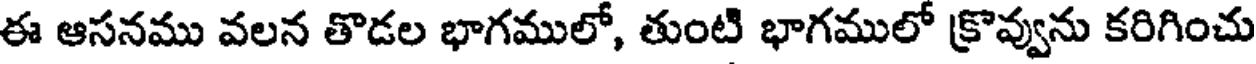
ఈ ఆసనము వలన తొడల భాగములో, తుంటి భాగములో క్రొవ్వును కరిగించు